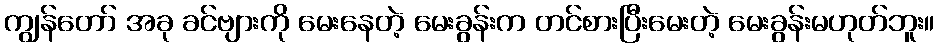
ကျွန်တော် အခု ခင်ဗျားကို မေးနေတဲ့ မေးခွန်းက တင်စားပြီးမေးတဲ့ မေးခွန်းမဟုတ်ဘူး။